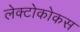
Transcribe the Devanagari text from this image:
लेक्टोकोकस